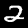
Digit: 2